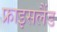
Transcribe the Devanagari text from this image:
फ्राइसलैंड